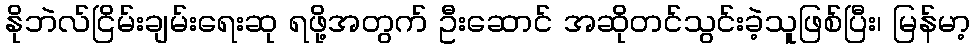
နိုဘဲလ်ငြိမ်းချမ်းရေးဆု ရဖို့အတွက် ဦးဆောင် အဆိုတင်သွင်းခဲ့သူဖြစ်ပြီး၊ မြန်မာ့